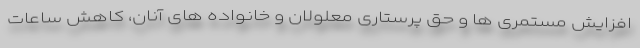
افزايش مستمرى ها و حق پرستارى معلولان و خانواده هاى آنان، كاهش ساعات